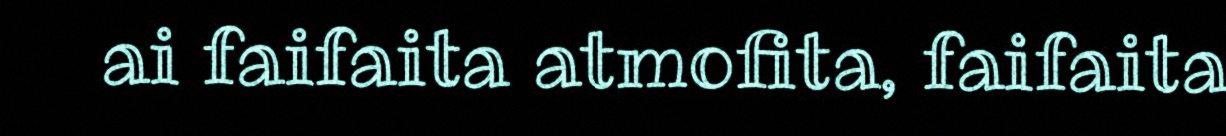
ai faifaita atmofita, faifaita